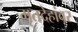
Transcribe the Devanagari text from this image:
मृतदेहांवर